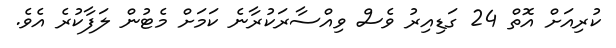
ކުރިއަށް އޮތް 24 ގަޑިއިރު ވެސް ވިއްސާރަކުރާނެ ކަމަށް މެޓުން ލަފާކުރެ އެވެ.